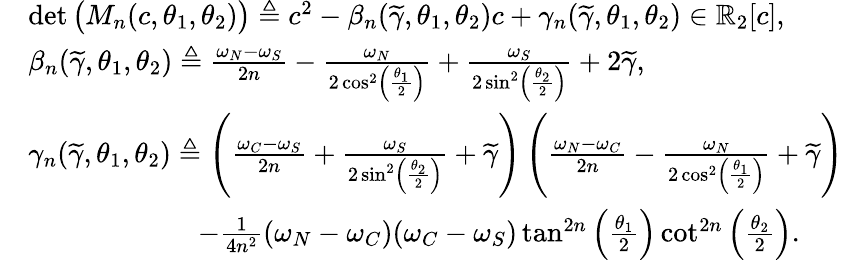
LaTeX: \begin{array}{rl}&{\operatorname*{det}\big(M_{n}(c,\theta_{1},\theta_{2})\big)\triangleq c^{2}-\beta_{n}(\widetilde{\gamma},\theta_{1},\theta_{2})c+\gamma_{n}(\widetilde{\gamma},\theta_{1},\theta_{2})\in\mathbb{R}_{2}[c],}\\ &{\beta_{n}(\widetilde{\gamma},\theta_{1},\theta_{2})\triangleq\frac{\omega_{N}-\omega_{S}}{2n}-\frac{\omega_{N}}{2\cos^{2}\left(\frac{\theta_{1}}{2}\right)}+\frac{\omega_{S}}{2\sin^{2}\left(\frac{\theta_{2}}{2}\right)}+2\widetilde{\gamma},}\\ &{\gamma_{n}(\widetilde{\gamma},\theta_{1},\theta_{2})\triangleq\left(\frac{\omega_{C}-\omega_{S}}{2n}+\frac{\omega_{S}}{2\sin^{2}\left(\frac{\theta_{2}}{2}\right)}+\widetilde{\gamma}\right)\left(\frac{\omega_{N}-\omega_{C}}{2n}-\frac{\omega_{N}}{2\cos^{2}\left(\frac{\theta_{1}}{2}\right)}+\widetilde{\gamma}\right)}\\ &{\qquad\qquad\qquad-\frac{1}{4n^{2}}(\omega_{N}-\omega_{C})(\omega_{C}-\omega_{S})\tan^{2n}\left(\frac{\theta_{1}}{2}\right)\cot^{2n}\left(\frac{\theta_{2}}{2}\right).}\end{array}